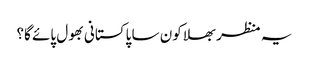
یہ منظر بھلا کون سا پاکستانی بھول پائے گا؟